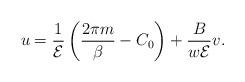
LaTeX: \begin{align*}u=\frac{1}{{\cal E}}\left(\frac{2\pi m}{\beta}-C_0\right)+\frac{B}{w{\cal E}}v.\end{align*}